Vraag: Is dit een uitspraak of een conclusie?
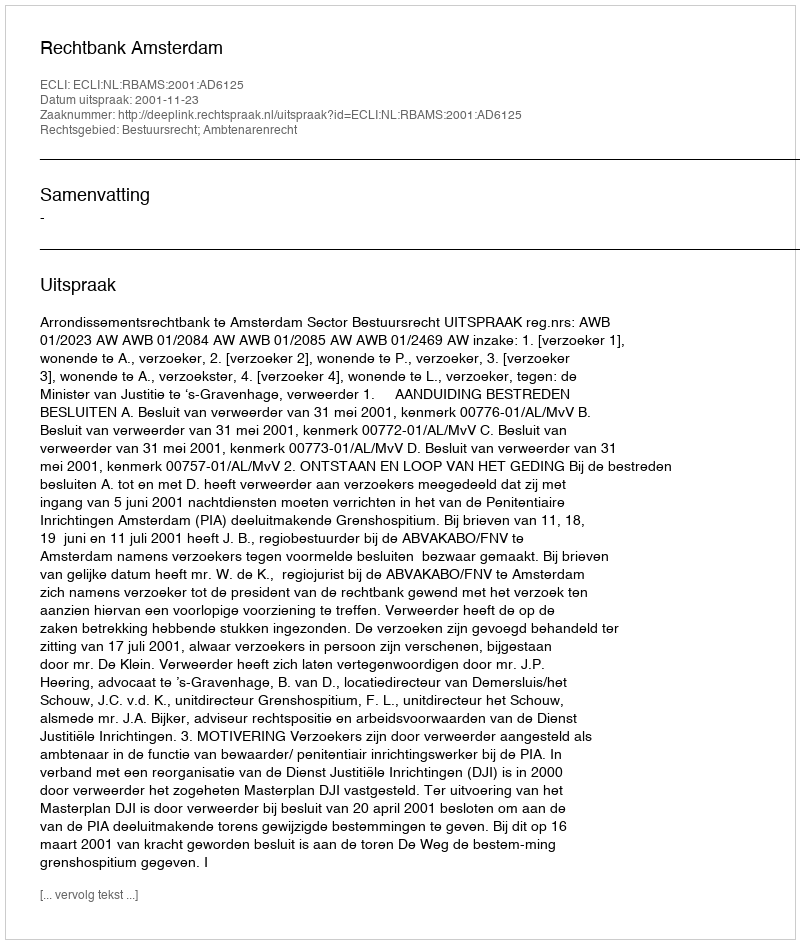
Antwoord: Uitspraak